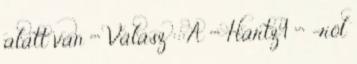
alatt van """ Válasz :::A """ Hartz4 """ -röl